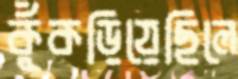
কুঁকড়িয়েছিলে